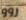
روو